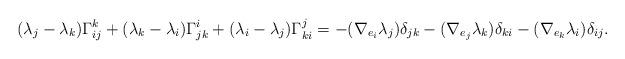
LaTeX: \begin{align*}(\lambda_j-\lambda_k)\Gamma_{ij}^k&+(\lambda_k-\lambda_i)\Gamma_{jk}^i+(\lambda_i-\lambda_j)\Gamma_{ki}^j =-(\nabla_{e_i}\lambda_j)\delta_{jk}-(\nabla_{e_j}\lambda_k)\delta_{ki}-(\nabla_{e_k}\lambda_i)\delta_{ij}. \end{align*}